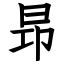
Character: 昻